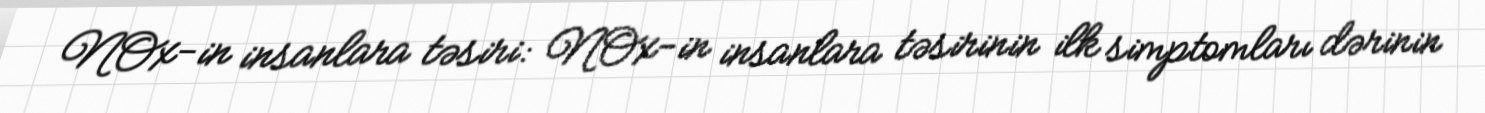
NOx-in insanlara təsiri: NOx-in insanlara təsirinin ilk simptomları dərinin